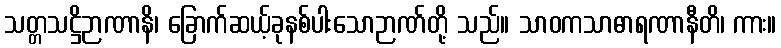
သတ္တသဋ္ဌိဉာဏာနိ၊ ခြောက်ဆယ့်ခုနစ်ပါးသောဉာဏ်တို့ သည်။ သာဝကသာဓာရဏာနီတိ၊ ကား။